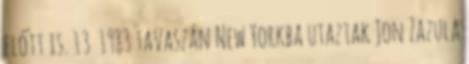
előtt is. 13 1983 tavaszán New Yorkba utaztak Jon Zazula